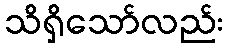
သိရှိသော်လည်း